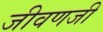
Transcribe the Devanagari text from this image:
जीवणजी